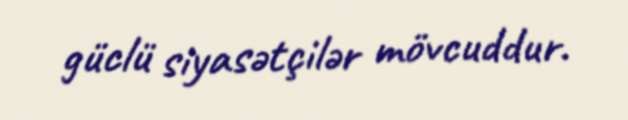
güclü siyasətçilər mövcuddur.